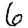
Digit: 6